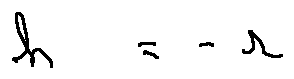
h = - r